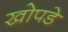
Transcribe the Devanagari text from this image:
खोपडे